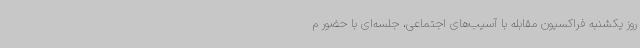
روز یکشنبه فراکسیون مقابله با آسیب‌های اجتماعی، جلسه‌ای با حضور م